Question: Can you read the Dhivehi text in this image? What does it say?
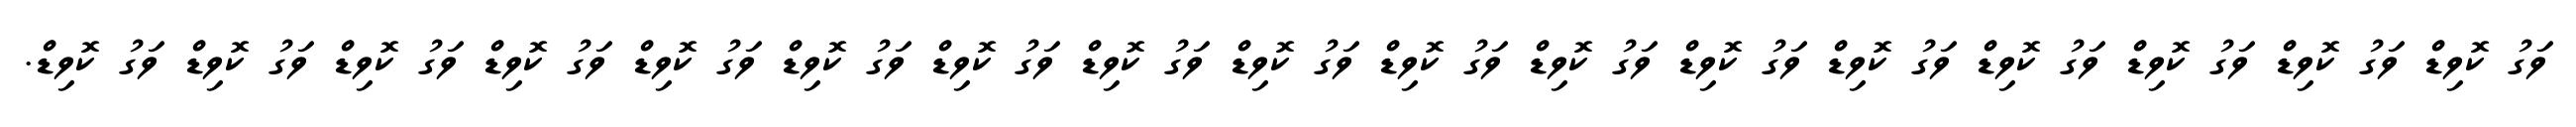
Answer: ވަގު ކޮވިޑް ވަގު ކޮވިޑް ވަގު ކޮވިޑް ވަގު ކޮވިޑް ވަގު ކޮވިޑް ވަގު ކޮވިޑް ވަގު ކޮވިޑް ވަގު ކޮވިޑް ވަގު ކޮވިޑް ވަގު ކޮވިޑް ވަގު ކޮވިޑް ވަގު ކޮވިޑް ވަގު ކޮވިޑް ވަގު ކޮވިޑް ވަގު ކޮވިޑް ވަގު ކޮވިޑް ވަގު ކޮވިޑް.